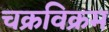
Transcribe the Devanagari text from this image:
चक्रविक्रम